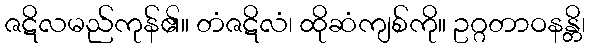
ဇဋိလမည်ကုန်၏။ တံဇဋိလံ၊ ထိုဆံကျစ်ကို။ ဥဂ္ဂတာဝနန္တိ၊